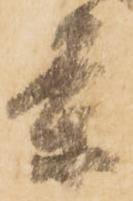
条